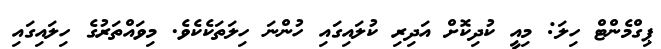
ޕިގްމެންޓް ހިލަ: މިއީ ކުދިކޮށް އަދިރި ކުލައިގައި ހުންނަ ހިލަތަކެކެވެ. މިވައްތަރުގެ ހިލައިގައި